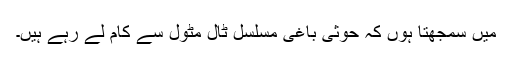
میں سمجھتا ہوں کہ حوثی باغی مسلسل ٹال مٹول سے کام لے رہے ہیں۔